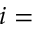
i =